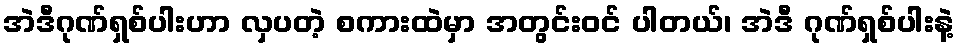
အဲဒီဂုဏ်ရှစ်ပါးဟာ လှပတဲ့ စကားထဲမှာ အတွင်းဝင် ပါတယ်၊ အဲဒီ ဂုဏ်ရှစ်ပါးနဲ့